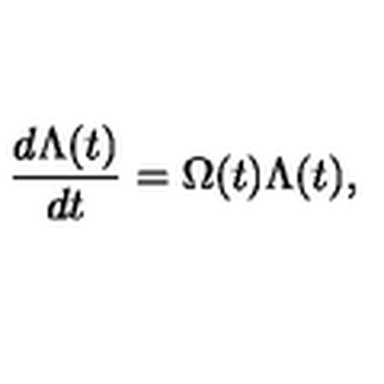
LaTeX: \frac { d \Lambda ( t ) } { d t } = \Omega ( t ) \Lambda ( t ) ,